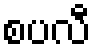
စပလီ